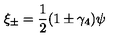
\xi _ { \pm } = \frac { 1 } { 2 } ( 1 \pm \gamma _ { 4 } ) \psi